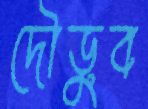
দৌড়ুব